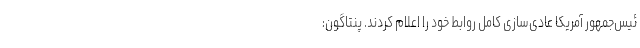
ئیس‌جمهور آمریکا عادی‌سازی کامل روابط خود را اعلام کردند. پنتاگون: